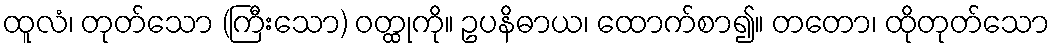
ထူလံ၊ တုတ်သော (ကြီးသော) ဝတ္ထုကို။ ဥပနိဓာယ၊ ထောက်စာ၍။ တတော၊ ထိုတုတ်သော